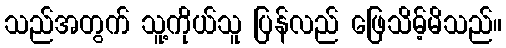
သည်အတွက် သူ့ကိုယ်သူ ပြန်လည် ဖြေသိမ့်မိသည်။